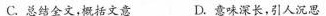
C.总结全文，概括文意 D.意味深长，引人沉思